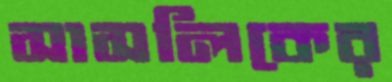
সাসলিকের